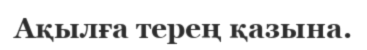
Ақылға терең қазына.